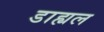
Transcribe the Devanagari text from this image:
डाह्यल